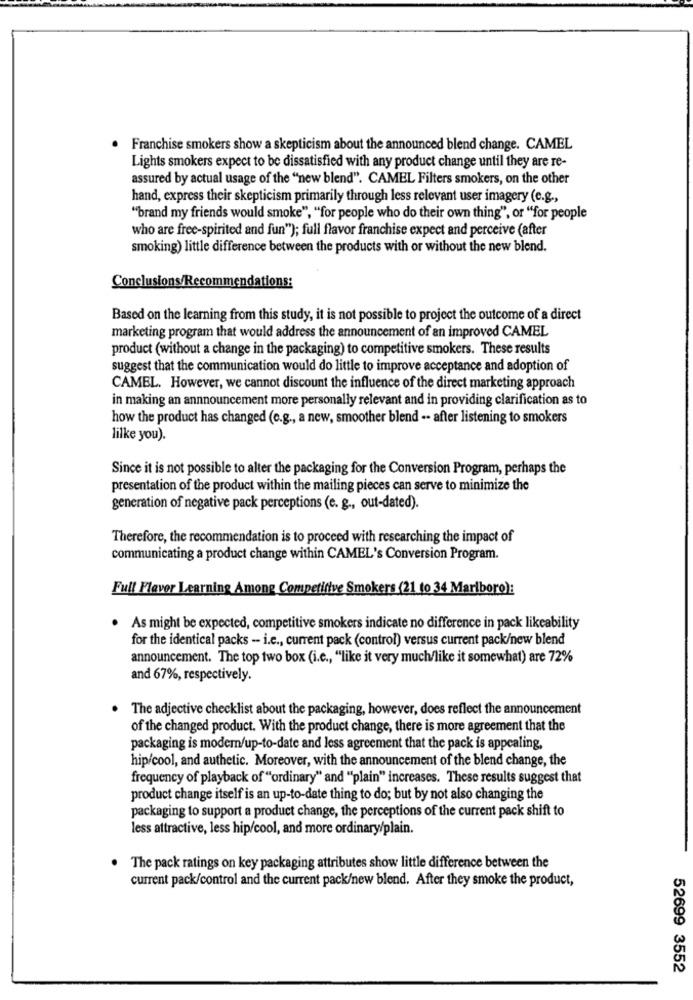
. Franchise smokers show a skepticism about the announced blend change. CAMEL
Lights smokers expect to be dissatisfied with any product change until they are re-
assured by actual usage of the "new blend". CAMEL Filters smokers, on the other
hand, express their skepticism primarily through less relevant user imagery (e.g .,
"brand my friends would smoke", "for people who do their own thing", or "for people
who are free-spirited and fun"); full flavor franchise expect and perceive (after
smoking) little difference between the products with or without the new blend.
Conclusions/Recommendations:
Based on the learning from this study, it is not possible to project the outcome of a direct
marketing program that would address the announcement of an improved CAMEL
product (without a change in the packaging) to competitive smokers. These results
suggest that the communication would do little to improve acceptance and adoption of
CAMEL. However, we cannot discount the influence of the direct marketing approach
in making an announcement more personally relevant and in providing clarification as to
how the product has changed (c.g ., a new, smoother blend .. after listening to smokers
lilke you).
Since it is not possible to alter the packaging for the Conversion Program, perhaps the
presentation of the product within the mailing pieces can serve to minimize the
generation of negative pack perceptions (e. g ., out-dated).
Therefore, the recommendation is to proceed with researching the impact of
communicating a product change within CAMEL's Conversion Program.
Full Flever Learning Among Competitive Smokers (21 to 34 Marlboro):
· As might be expected, competitive smokers indicate no difference in pack likeability
for the identical packs - i.e ., current pack (control) versus current pack/new blend
announcement. The top two box (i.e ., "like it very much/like it somewhat) are 72%
and 67%, respectively.
. The adjective checklist about the packaging, however, does reflect the announcement
of the changed product. With the product change, there is more agreement that the
packaging is modem/up-to-date and less agreement that the pack is appealing,
hip/cool, and authetic. Moreover, with the announcement of the blend change, the
frequency of playback of "ordinary" and ""plain" increases. These results suggest that
product change itself is an up-to-date thing to do; but by not also changing the
packaging to support a product change, the perceptions of the current pack shift to
less attractive, less hip/cool, and more ordinary/plain.
The pack ratings on key packaging attributes show little difference between the
current pack/control and the current pack/new blend. After they smoke the product,
52699 3552